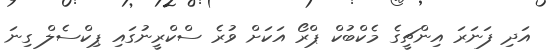
އަދި ފަނަރަ އިންޗީގެ މެކްބުކް ޕްރޯ އަކަށް ވުރެ ސްކްރީނުގައި ޕިކްސެލް ގިނަ